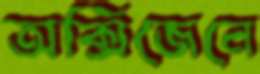
অক্সিজেনে